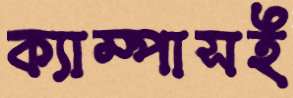
ক্যাম্পাসই